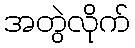
အတွဲလိုက်